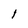
Character: l